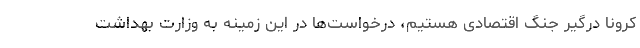
کرونا درگیر جنگ اقتصادی هستیم، درخواست‌ها در این زمینه به وزارت بهداشت